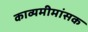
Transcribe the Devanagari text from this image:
काव्यमीमांसक